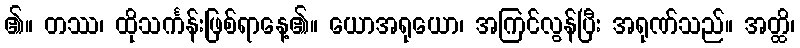
၏။ တဿ၊ ထိုသင်္ကန်းဖြစ်ရာနေ့၏။ ယောအရုယော၊ အကြင်လွန်ပြီး အရုဏ်သည်။ အတ္ထိ၊